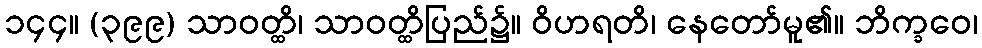
၁၄၄။ (၃၉၉) သာဝတ္ထိ၊ သာဝတ္ထိပြည်၌။ ဝိဟရတိ၊ နေတော်မူ၏။ ဘိက္ခဝေ၊